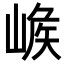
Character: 𡺝